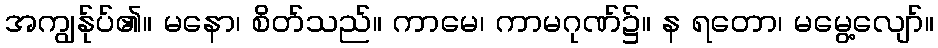
အကျွန်ုပ်၏။ မနော၊ စိတ်သည်။ ကာမေ၊ ကာမဂုဏ်၌။ န ရတော၊ မမွေ့လျော်။